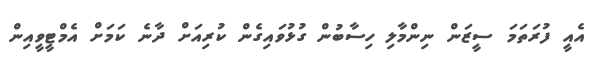
އެއީ ފުރަތަމަ ސީޒަން ނިންމާލި ހިސާބުން ގުޅުވައިގެން ކުރިއަށް ދާނެ ކަމަށް އެމްޓީވީއިން